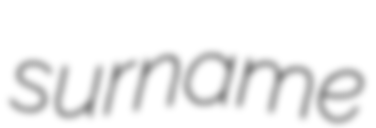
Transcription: surname